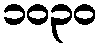
၁၀၃၀